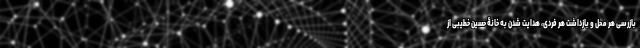
بازرسی هر محل و بازداشت هر فردی، هدایت شدن به خانۀ حسین خطیبی از